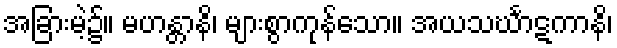
အခြားမဲ့၌။ မဟန္တာနိ၊ များစွာကုန်သော။ အယသင်္ဃာဋကာနိ၊